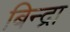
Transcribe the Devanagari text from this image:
बिन्द्रा